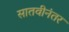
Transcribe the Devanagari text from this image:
सातवीनंतर